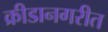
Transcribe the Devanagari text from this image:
क्रीडानगरीत